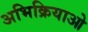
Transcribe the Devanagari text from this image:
अभिक्रियाओ